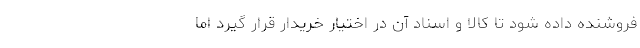
فروشنده داده شود تا کالا و اسناد آن در اختیار خریدار قرار گیرد اما